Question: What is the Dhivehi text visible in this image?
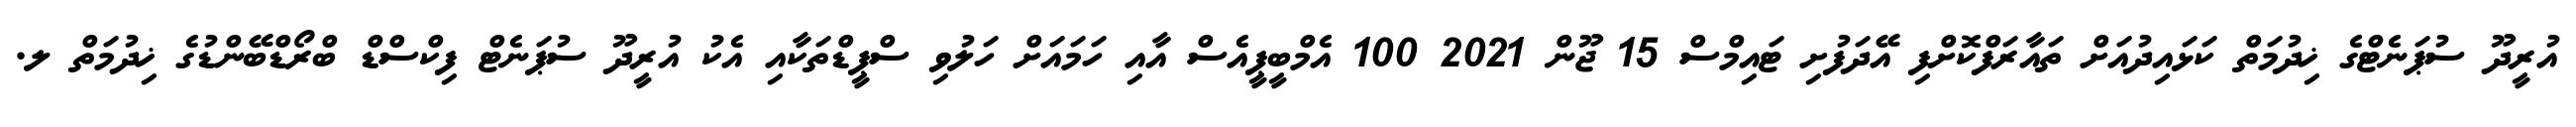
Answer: އުރީދޫ ސުޕަނެޓްގެ ޚިދުމަތް ކަޅައިދުއަށް ތައާރަފްކޮށްފި އޭދަފުށި ޓައިމްސް 15 ޖޫން 2021 100 އެމްބީޕީއެސް އާއި ހަމައަށް ހަލުވި ސްޕީޑްތަކާއި އެކު އުރީދޫ ސުޕަނެޓް ފިކްސްޑް ބްރޯޑްބޭންޑުގެ ޚިދުމަތް ލ.